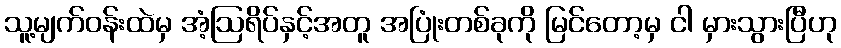
သူ့မျက်ဝန်းထဲမှ အံ့ဩရိပ်နှင့်အတူ အပြုံးတစ်ခုကို မြင်တော့မှ ငါ မှားသွားပြီဟု